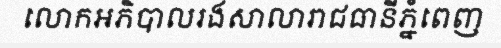
លោកអភិបាលរងសាលារាជធានីភ្នំពេញ